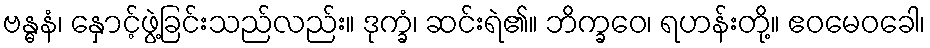
ဗန္ဓနံ၊ နှောင့်ဖွဲ့ခြင်းသည်လည်း။ ဒုက္ခံ၊ ဆင်းရဲ၏။ ဘိက္ခဝေ၊ ရဟန်းတို့။ ဧဝမေဝခေါ၊